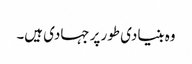
وہ بنیادی طور پر جہادی ہیں۔